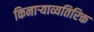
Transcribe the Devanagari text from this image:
किनाऱ्याव्यतिरिक्त